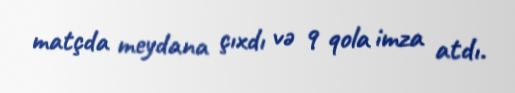
matçda meydana çıxdı və 9 qola imza atdı.